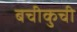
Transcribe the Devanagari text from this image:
बचीकुची